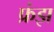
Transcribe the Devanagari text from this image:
फ्रंझ